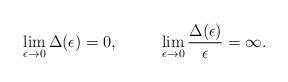
LaTeX: \begin{align*}\lim_{\epsilon\rightarrow 0}\Delta(\epsilon)=0, \ \ \ \ \ \ \ \ \lim_{\epsilon\rightarrow 0}\frac{\Delta(\epsilon)}{\epsilon}=\infty .\end{align*}